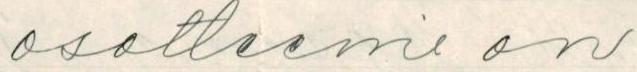
osotteeni on